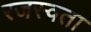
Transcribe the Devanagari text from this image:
रजस्वता